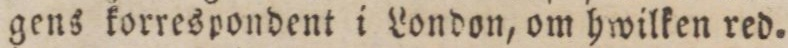
gens korrespondent i London, om hwilken red.